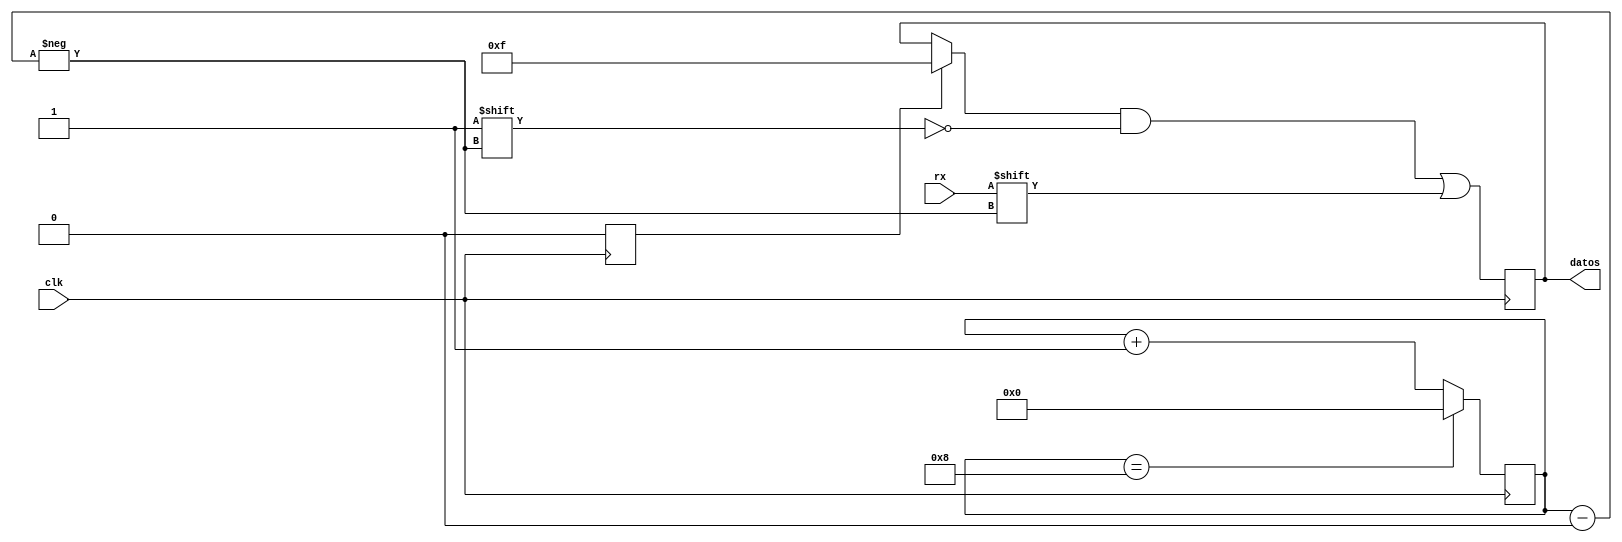
`timescale 1ns / 1ps
//////////////////////////////////////////////////////////////////////////////////
// Company: 
// Engineer: 
// 
// Design Name: 
// Module Name:    probando_entrada 
// Project Name: 
// Target Devices: 
// Tool versions: 
// Description: 
//
// Dependencies: 
//
// Revision: 
// Revision 0.01 - File Created
// Additional Comments: 
//
//////////////////////////////////////////////////////////////////////////////////
module probando_entrada
(
	input clk,
	input rx,
	output reg [7:0] datos
);

reg [3:0] n=0;
reg init = 1;


always@(posedge clk)
begin
	if(init == 1)
	begin
		init <= 0;
		datos <= 8'b00001111;
	end
	datos[n] <= rx;
	n <= n+1;
	if(n==8)
	begin
		n <= 0;
	end
end




endmodule